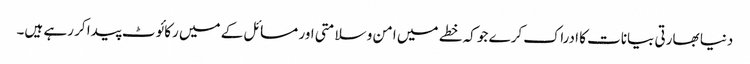
دنیا بھارتی بیانات کا ادراک کرے جو کہ خطے میں امن و سلامتی اور مسائل کے میں رکائوٹ پیدا کر رہے ہیں۔